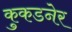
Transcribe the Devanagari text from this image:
कुकडनेर